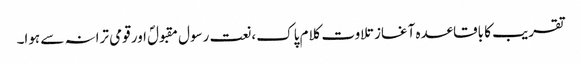
تقریب کا باقاعدہ آغاز تلاوت کلام پاک ،نعت رسول مقبولؐ اور قومی ترانہ سے ہوا۔